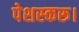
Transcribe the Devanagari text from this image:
पेशस्‍करू।